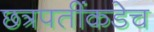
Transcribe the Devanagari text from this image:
छत्रपतींकडेच